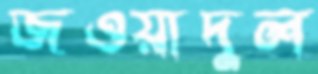
জওয়াদুল